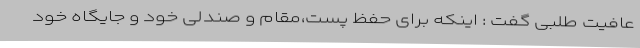
عافیت طلبی گفت : اینکه برای حفظ پست،مقام و صندلی خود و جایگاه خود